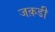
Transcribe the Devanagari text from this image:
जक़डी